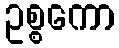
ဥစ္စကော